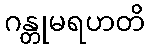
ဂန္တုမရဟတိ